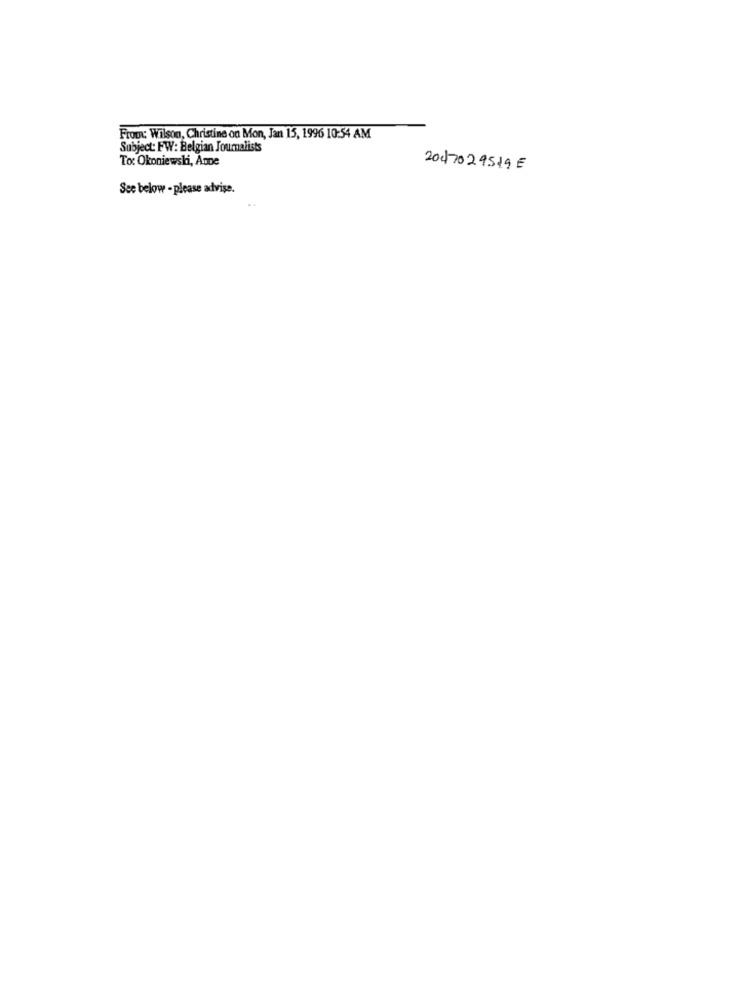
FrOUN: Wilson, Christine on Mon, Jan 15, 1996 10:54 AM
Subject: FW: Belgian Journalists
To: Okoniewski, Anne
2047029519E
See below - please advise.